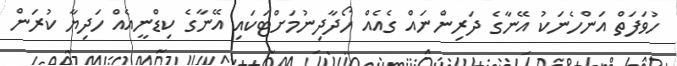
ހުވަފަތް އަންހެނަކު އޭނާގެ ދަރިންނައް ގެއެއް ހޯދާދިނުމަށްޓަކައި އޭނާގެ ކިޑްނީއެއް ހަދިޔާ ކުރަން